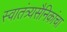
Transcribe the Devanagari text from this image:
स्वातंत्र्यसैनिकांचा